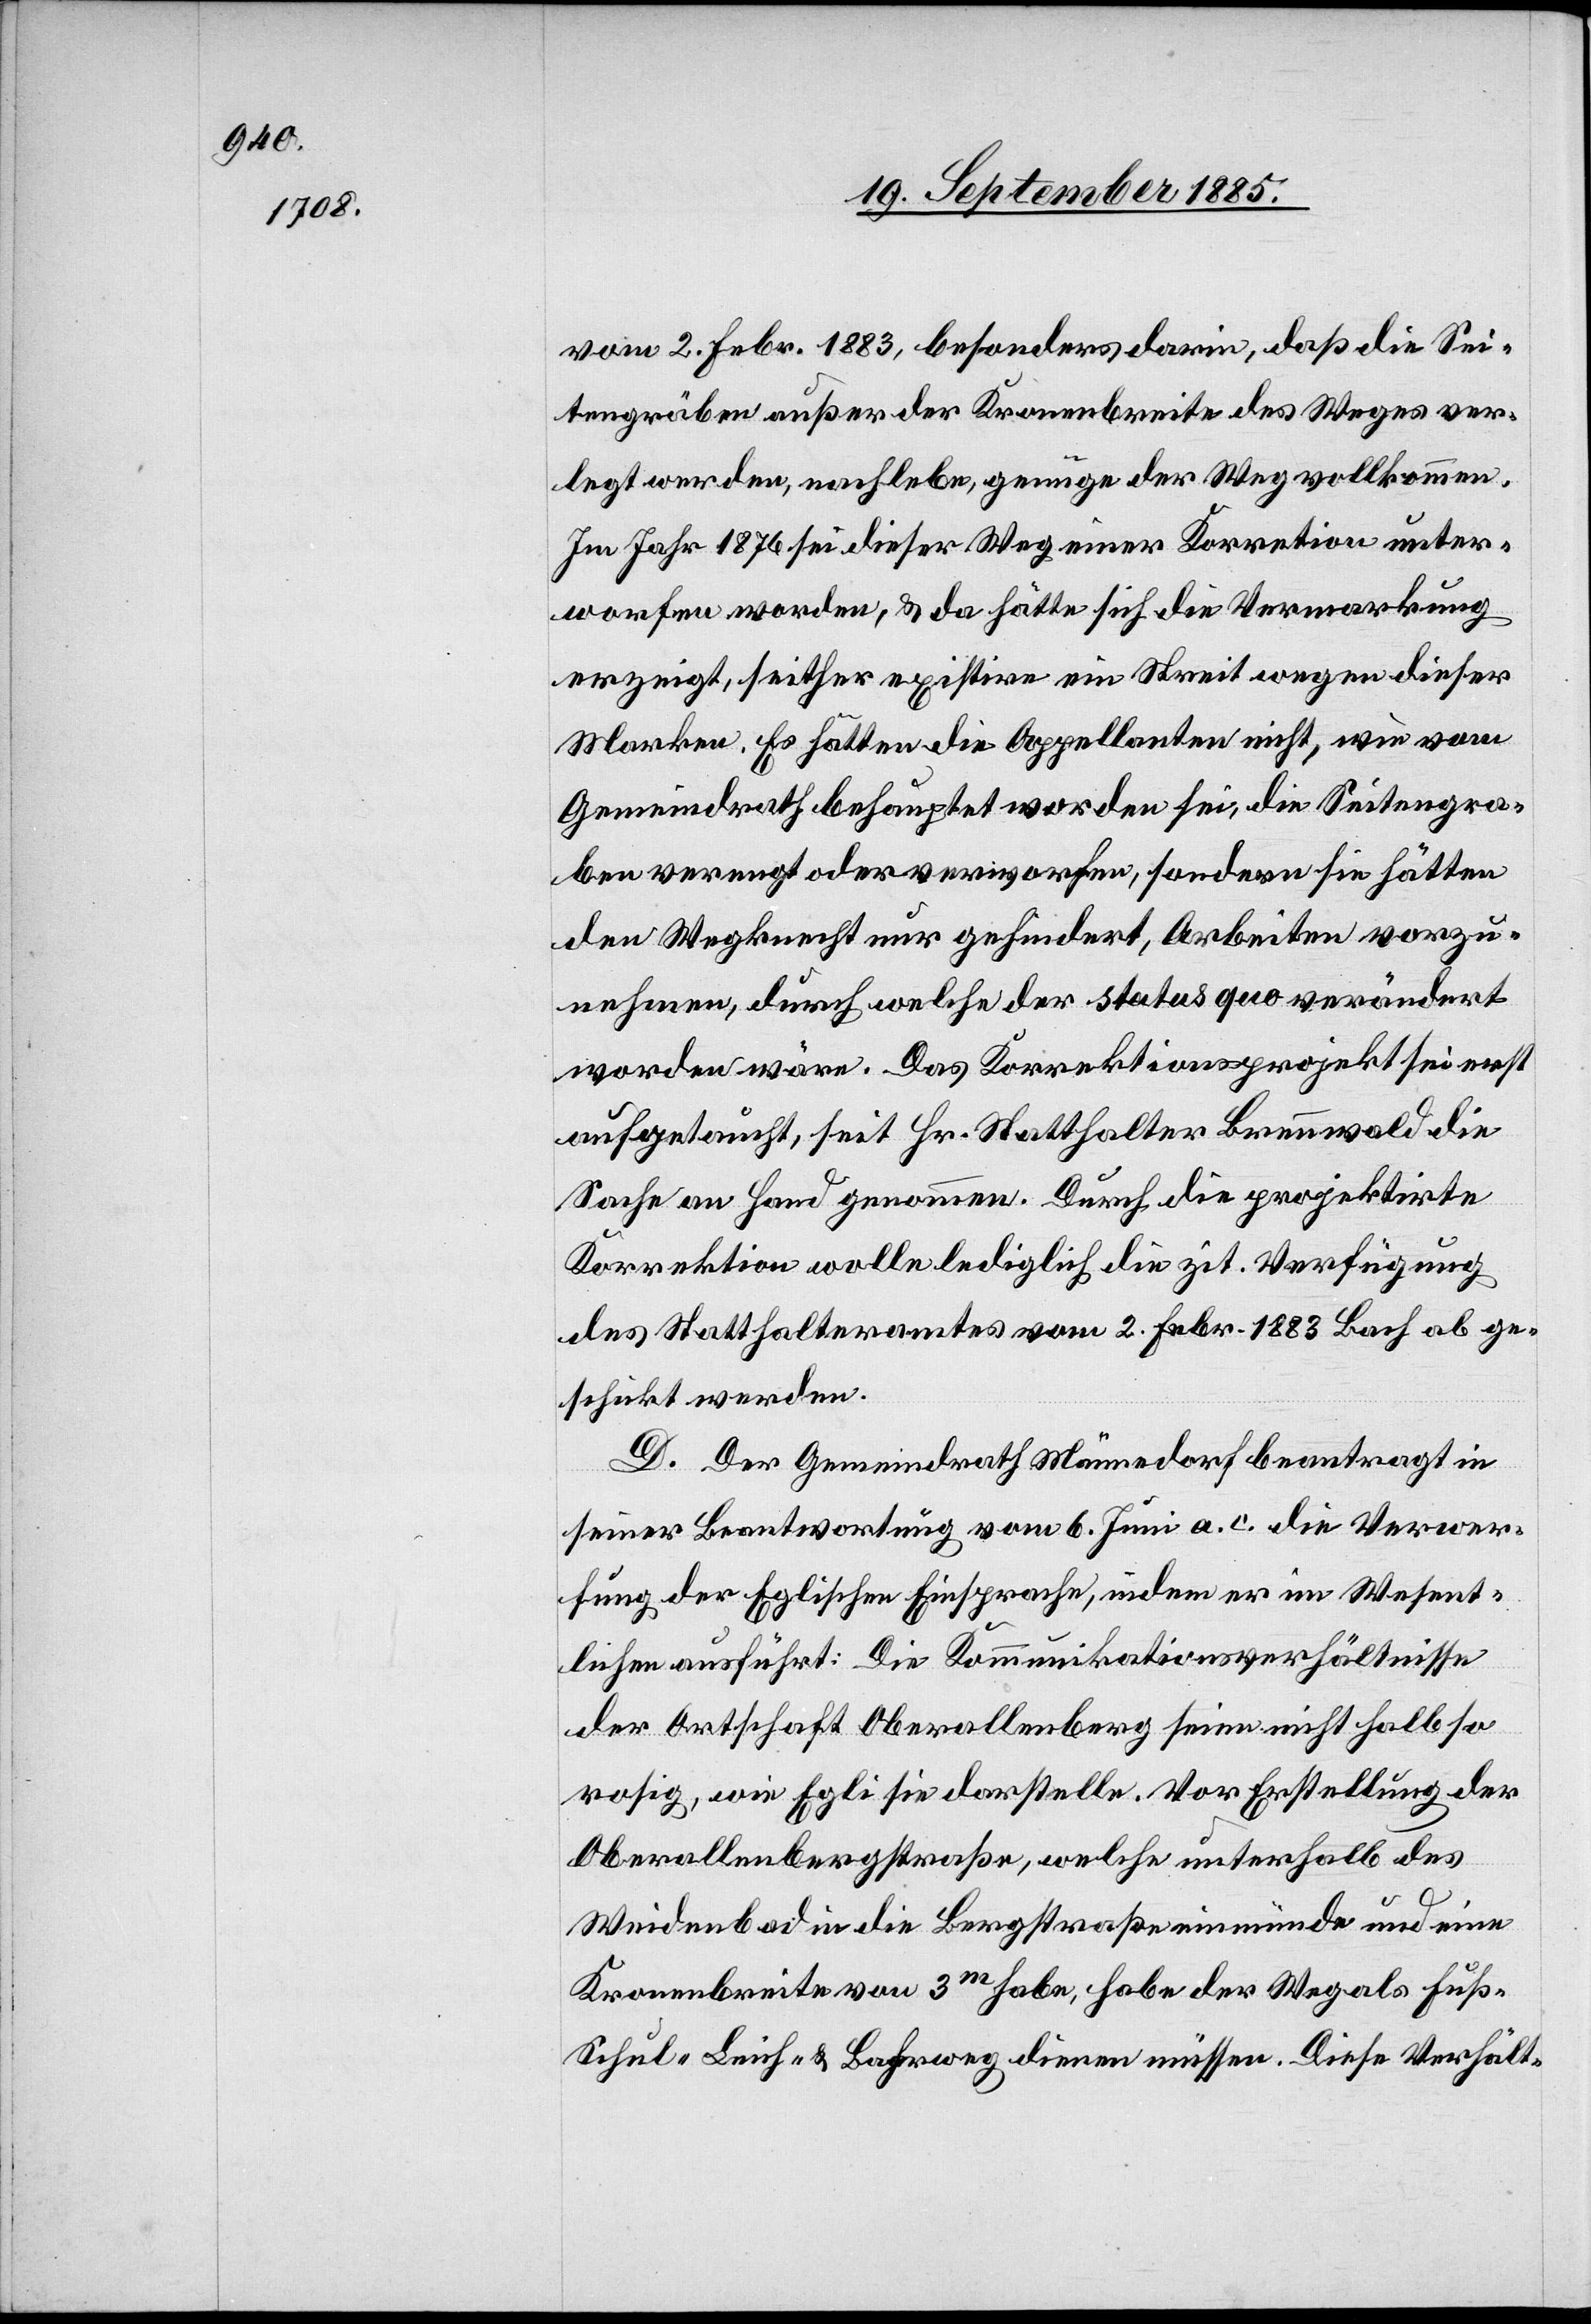
vom 2. Febr. 1883, besonders darin, daß die Sei¬
tengräben außer der Kronenbreite des Weges ver¬
legt werden, nachlebe, genüge der Weg vollkommen.
Im Jahr 1876 sei dieser Weg einer Korre[k]tion unter¬
worfen worden, & da hätte sich die Vermarkung
erzeigt, seither existire ein Streit wegen dieser
Marken. Es hätten die Appellanten nicht, wie vom
Gemeindrath behauptet worden sei, die Seitengra¬
ben verengt oder verworfen, sondern sie hätten
den Wegknecht nur gehindert, Arbeiten vorzu¬
nehmen, durch welche der status quo verändert
worden wäre. Das Korrektionsprojekt sei erst
aufgetaucht, seit Hr. Statthalter Brennwald die
Sache an Hand genommen. Durch die projektirte
Korrektion wolle lediglich die zit. Verfügung
des Statthalteramtes vom 2. Febr. 1883 Bach ab ge¬
schickt werden.
D. Der Gemeindrath Männedorf beantragt in
seiner Beantwortung vom 6. Juni a. c. die Verwer¬
fung der Eglischen Einsprache, indem er im Wesent¬
lichen anführt: Die Kommunikationsverhältnisse
der Ortschaft Oberallenberg seien nicht halb so
rosig, wie Egli sie darstelle. Vor Erstellung der
Oberallenbergstraße, welche unterhalb des
Weidenbad in die Bergstraße einmünde und eine
Kronenbreite von 3m habe, habe der Weg als Fuß-
Schul- Leich- & Bahrweg dienen müssen. Diese Verhält-